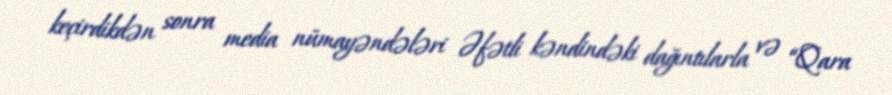
keçirdikdən sonra media nümayəndələri Əfətli kəndindəki dağıntılarla və “Qara